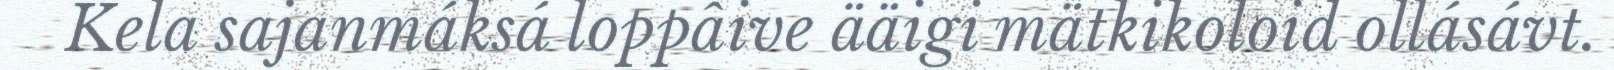
Kela sajanmáksá loppâive ääigi mätkikoloid ollásávt.